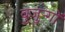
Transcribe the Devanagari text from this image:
बुजुऱ्गों